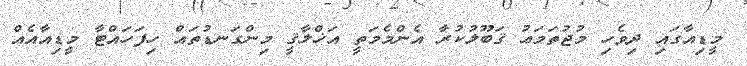
މީޑިއާގައި ދިވެހި މުޖުތަމަޢު ޤަބޫލުކުރާ އެންމެމަތީ އަޚްލާޤީ މިންގަނޑުތައް ހިފަހައްޓާ މީޑިއާއެއް